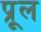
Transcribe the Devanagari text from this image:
प्रूल